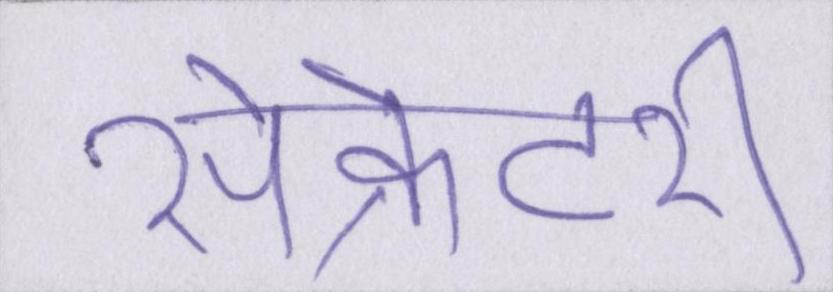
सेक्रेटरी